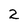
Character: 2